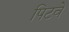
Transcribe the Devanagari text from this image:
पिटवे